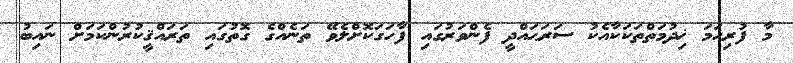
މާ ފުރިހަމަ ޚިދުމަތްތަކަކާއެކު ސަރަޙައްދީ ފެންވަރުގައި ފާހަގަކޮށްލެވޭ ތަނެއްގެ ގޮތުގައި ތަރައްޤީކުރުންކަމަށް ނައިބު